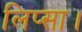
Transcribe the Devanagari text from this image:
लिप्सा।